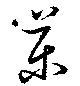
藥